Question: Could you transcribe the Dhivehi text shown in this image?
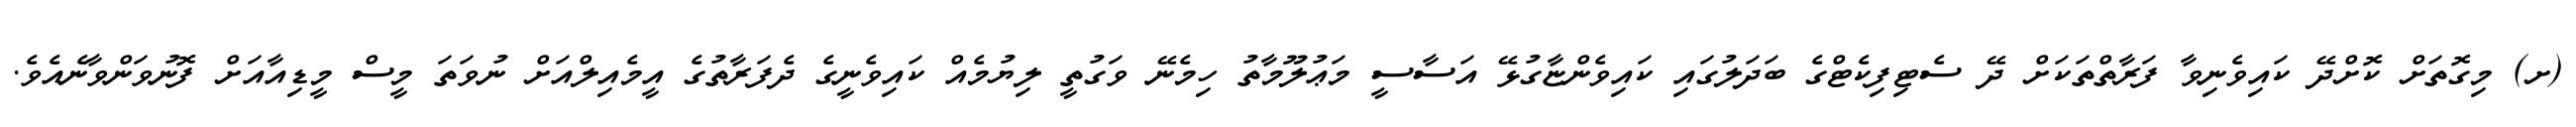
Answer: (ށ) މިގޮތަށް ކޮށްދޭ ކައިވެނިވާ ފަރާތްތަކަށް ދޭ ސެޓިފިކެޓްގެ ބަދަލުގައި ކައިވެންޏާގުޅޭ އަސާސީ މަޢުލޫމާތު ހިމެނޭ ވަގުތީ ލިޔުމެއް ކައިވެނީގެ ދެފަރާތުގެ އީމެއިލްއަށް ނުވަތަ މީސް މީޑިއާއަށް ފޮނުވަންވާނެއެވެ.